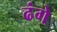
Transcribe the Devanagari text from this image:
ढंगे